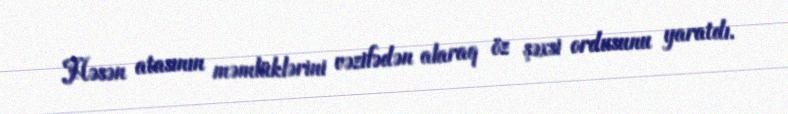
Həsən atasının məmlüklərini vəzifədən alaraq öz şəxsi ordusunu yaratdı.